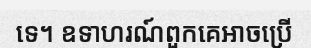
ទេ។ ឧទាហរណ៍ពួកគេអាចប្រើ